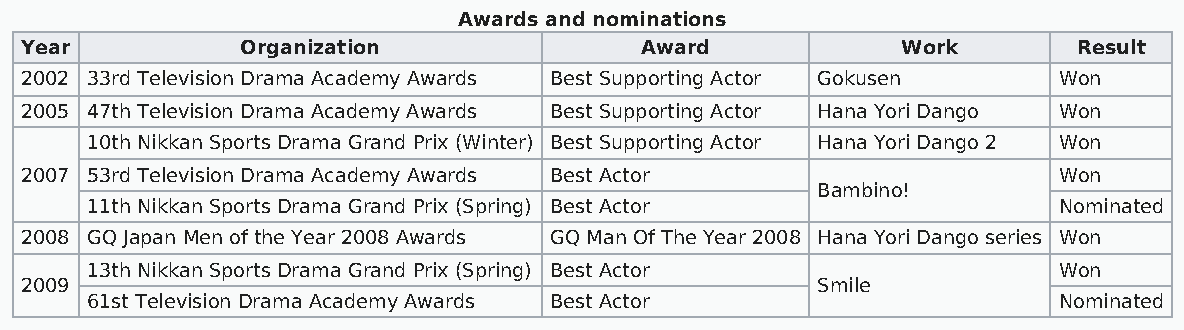
Awards and nominations
 Year           Organization              Award             Work       Result
 2002 33rd Television Drama Academy Awards Best Supporting Actor Gokusen Won
 2005 47th Television Drama Academy Awards Best Supporting Actor Hana Yori Dango Won
 10th Nikkan Sports Drama Grand Prix (Winter) Best Supporting Actor Hana Yori Dango 2 Won
 2007 53rd Television Drama Academy Awards Best Actor                 Won
 Bambino!
 11th Nikkan Sports Drama Grand Prix (Spring) Best Actor         Nominated
 2008 GQ Japan Men of the Year 2008 Awards GQ Man Of The Year 2008 Hana Yori Dango series Won
 13th Nikkan Sports Drama Grand Prix (Spring) Best Actor         Won
 2009                                                 Smile
 61st Television Drama Academy Awards Best Actor                 Nominated